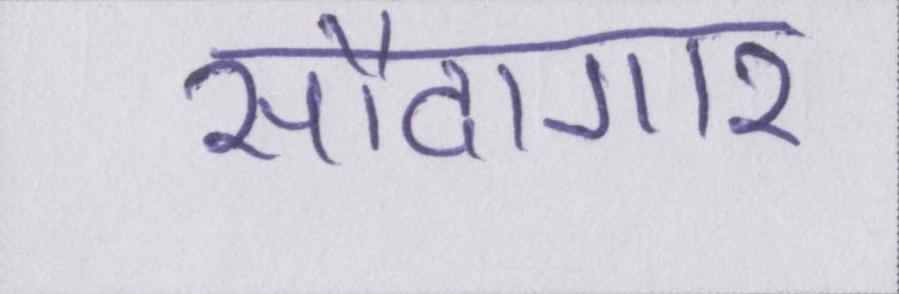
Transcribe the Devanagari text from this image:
सौदागार